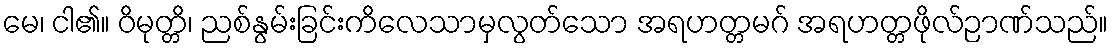
မေ၊ ငါ၏။ ဝိမုတ္တိ၊ ညစ်နွမ်းခြင်းကိလေသာမှလွတ်သော အရဟတ္တမဂ် အရဟတ္တဖိုလ်ဉာဏ်သည်။